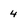
Character: 4